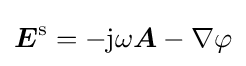
{\boldsymbol {E}}^{\mathrm {s} }=-\mathrm {j} \omega {\boldsymbol {A}}-\nabla \varphi